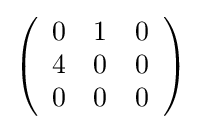
{\textstyle \left({\begin{array}{rrr}0&1&0\\4&0&0\\0&0&0\\\end{array}}\right)}